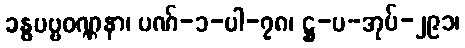
ခန္ဓပဗ္ဗဝဏ္ဏနာ၊ ပဏ်-၁-ပါ-၇၈၊ ဋ္ဌ-ပ-အုပ်-၂၉၁၊